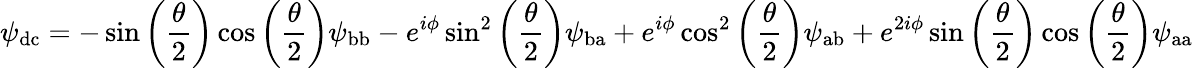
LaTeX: \psi_{\mathrm{dc}}=-\sin\left(\frac{\theta}{2}\right)\cos\left(\frac{\theta}{2}\right)\psi_{\mathrm{bb}}-e^{i\phi}\sin^{2}\left(\frac{\theta}{2}\right)\psi_{\mathrm{ba}}+e^{i\phi}\cos^{2}\left(\frac{\theta}{2}\right)\psi_{\mathrm{ab}}+e^{2i\phi}\sin\left(\frac{\theta}{2}\right)\cos\left(\frac{\theta}{2}\right)\psi_{\mathrm{aa}}